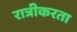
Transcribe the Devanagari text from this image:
रात्रीकरता